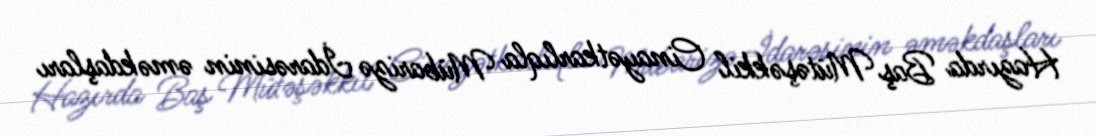
Hazırda Baş Mütəşəkkil Cinayətkarlıqla Mübarizə İdarəsinin əməkdaşları